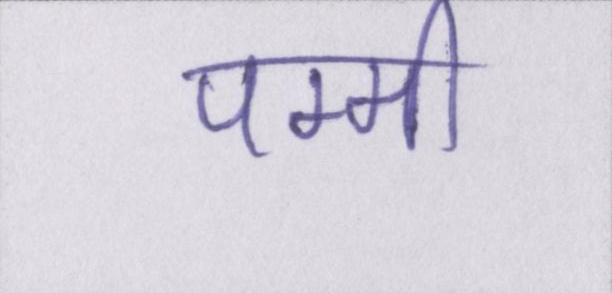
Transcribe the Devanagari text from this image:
पम्मी